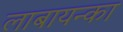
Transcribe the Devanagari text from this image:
लाबायन्का